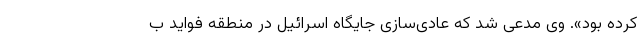
کرده بود». وی مدعی شد که عادی‌سازی جایگاه اسرائیل در منطقه فواید ب‌